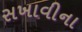
સખાવીના